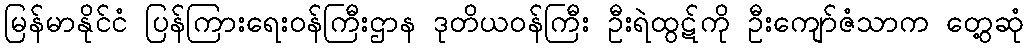
မြန်မာနိုင်ငံ ပြန်ကြားရေးဝန်ကြီးဌာန ဒုတိယဝန်ကြီး ဦးရဲထွဋ်ကို ဦးကျော်ဇံသာက တွေ့ဆုံ